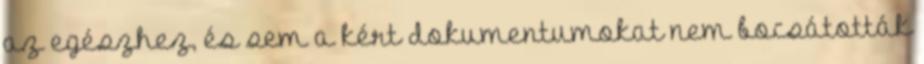
az egészhez, és sem a kért dokumentumokat nem bocsátották